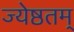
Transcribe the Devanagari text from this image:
ज्येष्ठतम्